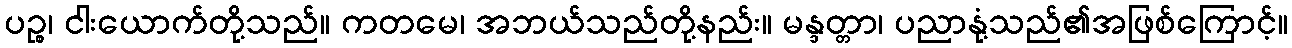
ပဉ္စ၊ ငါးယောက်တို့သည်။ ကတမေ၊ အဘယ်သည်တို့နည်း။ မန္ဒတ္တာ၊ ပညာနုံ့သည်၏အဖြစ်ကြောင့်။